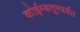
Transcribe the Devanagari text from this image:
कोईम्बतूरपर्यंत